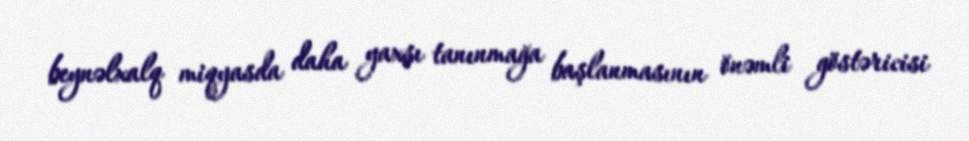
beynəlxalq miqyasda daha yaxşı tanınmağa başlanmasının önəmli göstəricisi